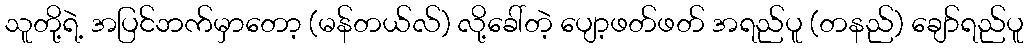
သူတို့ရဲ့ အပြင်ဘက်မှာတော့ (မန်တယ်လ်) လို့ခေါ်တဲ့ ပျော့ဖတ်ဖတ် အရည်ပူ (တနည်) ချော်ရည်ပူ